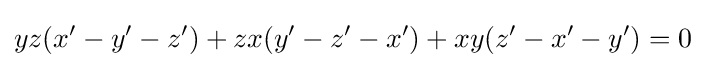
yz(x'-y'-z')+zx(y'-z'-x')+xy(z'-x'-y')=0